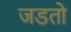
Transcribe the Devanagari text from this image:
जडतो